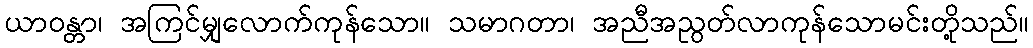
ယာဝန္တာ၊ အကြင်မျှလောက်ကုန်သော။ သမာဂတာ၊ အညီအညွတ်လာကုန်သောမင်းတို့သည်။